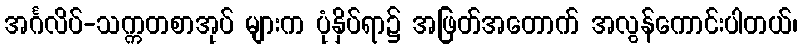
အင်္ဂလိပ်-သက္ကတစာအုပ် များက ပုံနှိပ်ရာ၌ အဖြတ်အတောက် အလွန်ကောင်းပါတယ်၊